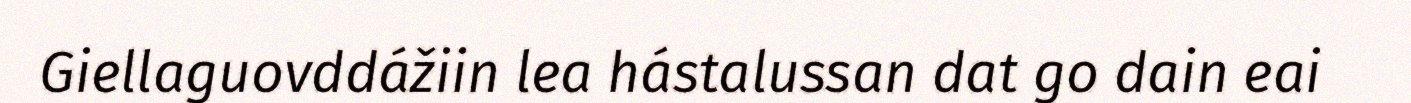
Giellaguovddážiin lea hástalussan dat go dain eai